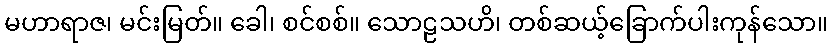
မဟာရာဇ၊ မင်းမြတ်။ ခေါ၊ စင်စစ်။ သောဠသဟိ၊ တစ်ဆယ့်ခြောက်ပါးကုန်သော။